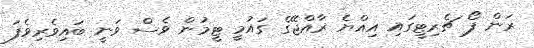
ރަން ފޯ ޗެރިޓީގައި އިއްޔެ ރާއްޖޭގެ ގައުމީ ޓީމުން ވެސް ވަނީ ބައިވެރިވެފަ